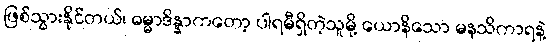
ဖြစ်သွားနိုင်တယ်၊ ဓမ္မာဒိန္နာကတော့ ပါရမီရှိတဲ့သူမို့ ယောနိသော မနသိကာရနဲ့